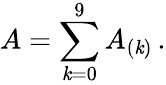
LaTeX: A=\sum_{\mathit{k}=0}^{9}A_{(\mathit{k})}\, .